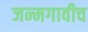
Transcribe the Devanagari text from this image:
जन्मगावीच